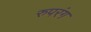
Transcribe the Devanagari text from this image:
रुपरंग